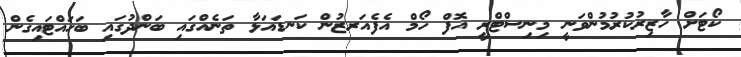
ކޯޓަށް ހާޒިރުކުރުމުންވަނީ މިނިސްޓްރީ އޮފް ހޯމް އެފެއަރޒުން ކަނޑައަޅާ ތަަނެއްގައި ބަންދުގައި ބަހައްޓައިގެން